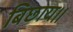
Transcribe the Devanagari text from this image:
बिछाय।।